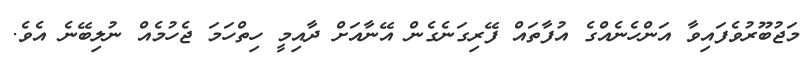
މަޖުބޫރުވެފައިވާ އަންހެނެއްގެ އުފާތައް ފޭރިގަނެގެން އޭނާއަށް ދާއިމީ ހިތްހަމަ ޖެހުމެއް ނުލިބޭނެ އެވެ.